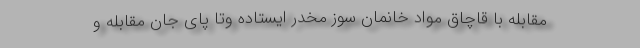
مقابله با قاچاق مواد خانمان سوز مخدر ایستاده وتا پای جان مقابله و